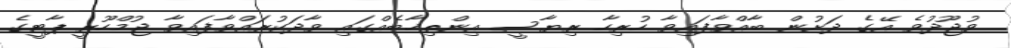
ވުޖޫދުވެ އޭގެ ދަށުން ބާއްވާފައިވާ ހުރިހާ ރިޔާސީ އިންތިޚާބެއްގައި ވާދަކުރައްވާފައިވާ ޖުމްހޫރީ ޕާޓީގެ